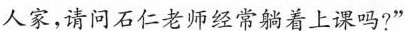
人家，请问石仁老师经常躺着上课吗?”